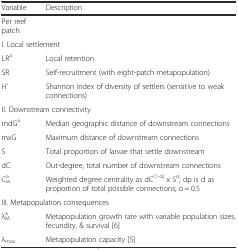
| Variable | Description |
 | --- | --- |
 | Per reef patch |  |
 | <COLSPAN=2> I. Local settlement |
 | LRa | Local retention |
 | SR | Self-recruitment (with eight-patch metapopulation) |
 | H’ | Shannon index of diversity of settlers (sensitive to weak connections) |
 | <COLSPAN=2> II. Downstream connectivity |
 | mdGa | Median geographic distance of downstream connections |
 | mxG | Maximum distance of downstream connections |
 | S | Total proportion of larvae that settle downstream |
 | dC | Out-degree, total number of downstream connections |
 | Cwa | Weighted degree centrality as dC(1-α) x Sα; dp is d as proportion of total possible connections; α = 0.5 |
 | <COLSPAN=2> III. Metapopulation consequences |
 | λMa | Metapopulation growth rate with variable population sizes, fecundity, & survival [6] |
 | λmax | Metapopulation capacity [5] |